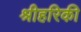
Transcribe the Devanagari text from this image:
श्रीहरिकी